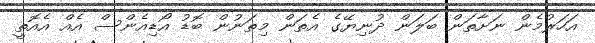
އަހަރުމެން ނަށާތަން ބަލަން ދުނިޔޭގެ އެތަން މިތަނުން ބޮޑު އޯޑިއެންސް އެއް އެއޮތީ